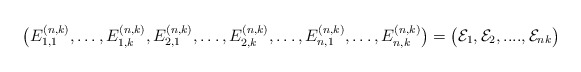
\begin{align*} \bigl(E^{(n,k)}_{1,1},\ldots,E^{(n,k)}_{1,k},E^{(n,k)}_{2,1},\ldots,E^{(n,k)}_{2,k},\ldots, E^{(n,k)}_{n,1},\ldots,E^{(n,k)}_{n,k}\bigr) =\bigl(\mathcal{E}_1,\mathcal{E}_2,....,\mathcal{E}_{nk} \bigr)\end{align*}